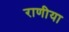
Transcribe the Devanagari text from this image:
राणीया